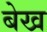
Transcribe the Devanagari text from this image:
बेख